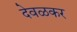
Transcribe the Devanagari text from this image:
देवळकर